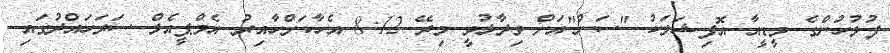
ފުލުހުންގެ މީޑީއާ އޮފިޝަލަކު "ސަން"އަށް ވިދާޅުވީ މިރޭ 8:12 އެހާކަށްހާއިރު އެމްޕީއެލް ސަރަހައްދުގައި